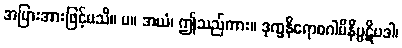
အပြားအားဖြင့်မသိ။ ပ။ အယံ၊ ဤသည်ကား။ ဒုက္ခနိရောဓဂါမိနိပ္ပဋိပဒါ၊